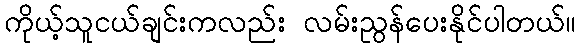
ကိုယ့်သူငယ်ချင်းကလည်း လမ်းညွန်ပေးနိုင်ပါတယ်။